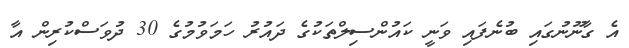
އެ ގާނޫނުގައި ބުނެފައި ވަނީ ކައުންސިލްތަކުގެ ދައުރު ހަމަވުމުގެ 30 ދުވަސްކުރިން އާ